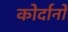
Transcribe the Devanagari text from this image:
कोर्दानो